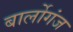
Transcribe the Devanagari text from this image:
बार्लोगंज